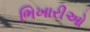
ભિખારીઓ